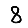
Digit: 8